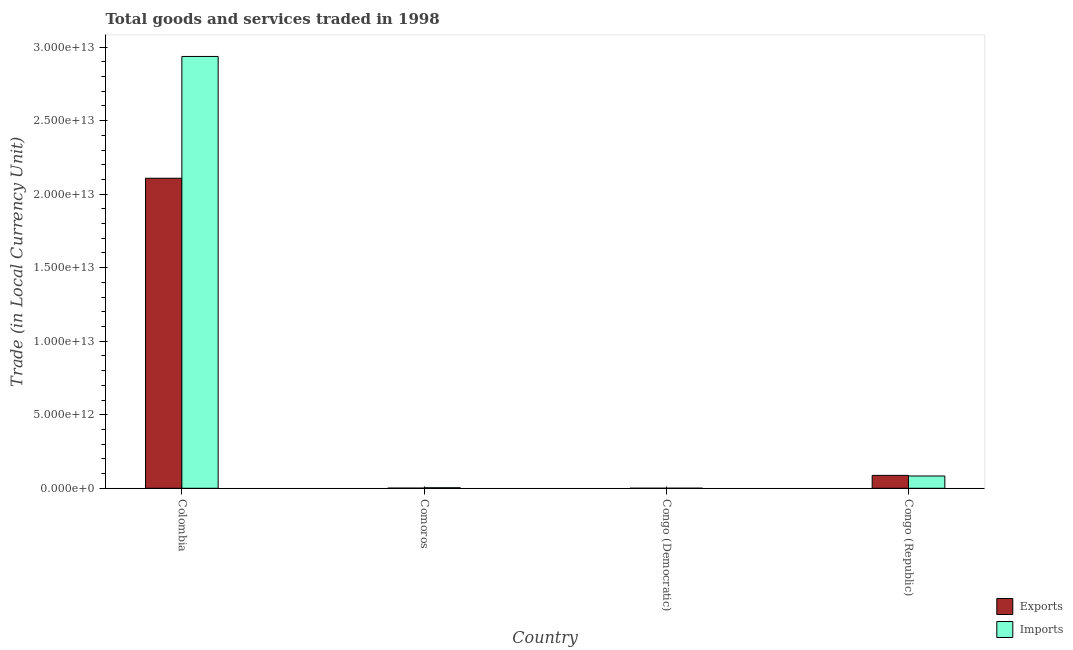
| Country | Exports | Imports |
 | --- | --- | --- |
 | Colombia | 2.11e+13 | 2.94e+13 |
 | Comoros | 1.08e+10 | 3.55e+10 |
 | Congo (Democratic) | 2.98e+09 | 3.29e+09 |
 | Congo (Republic) | 8.77e+11 | 8.35e+11 |